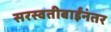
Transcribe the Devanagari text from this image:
सरस्वतीबाईंनंतर